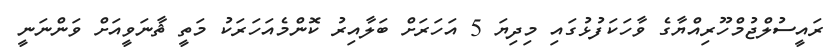
ރައީސުލްޖުމްހޫރިއްޔާގެ ވާހަކަފުޅުގައި މިދިޔަ 5 އަހަރަށް ބަލާއިރު ކޮންމެއަހަރަކު މަތީ ޘާނަވީއަށް ވަންނަނީ